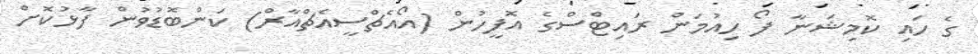
ގެ ހައި ކޮމިޝަނާ ފޯ ހިއުމަން ރައިޓްސްގެ އޮފީހުން (އޯއެޗްސީއެޗްއާރް) ކަންބޮޑުވުން ފާޅުކޮށް